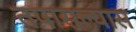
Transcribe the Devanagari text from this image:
तपासल्यास